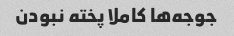
جوجه‌ها کاملا پخته نبودن